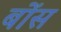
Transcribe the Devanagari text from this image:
बोंस